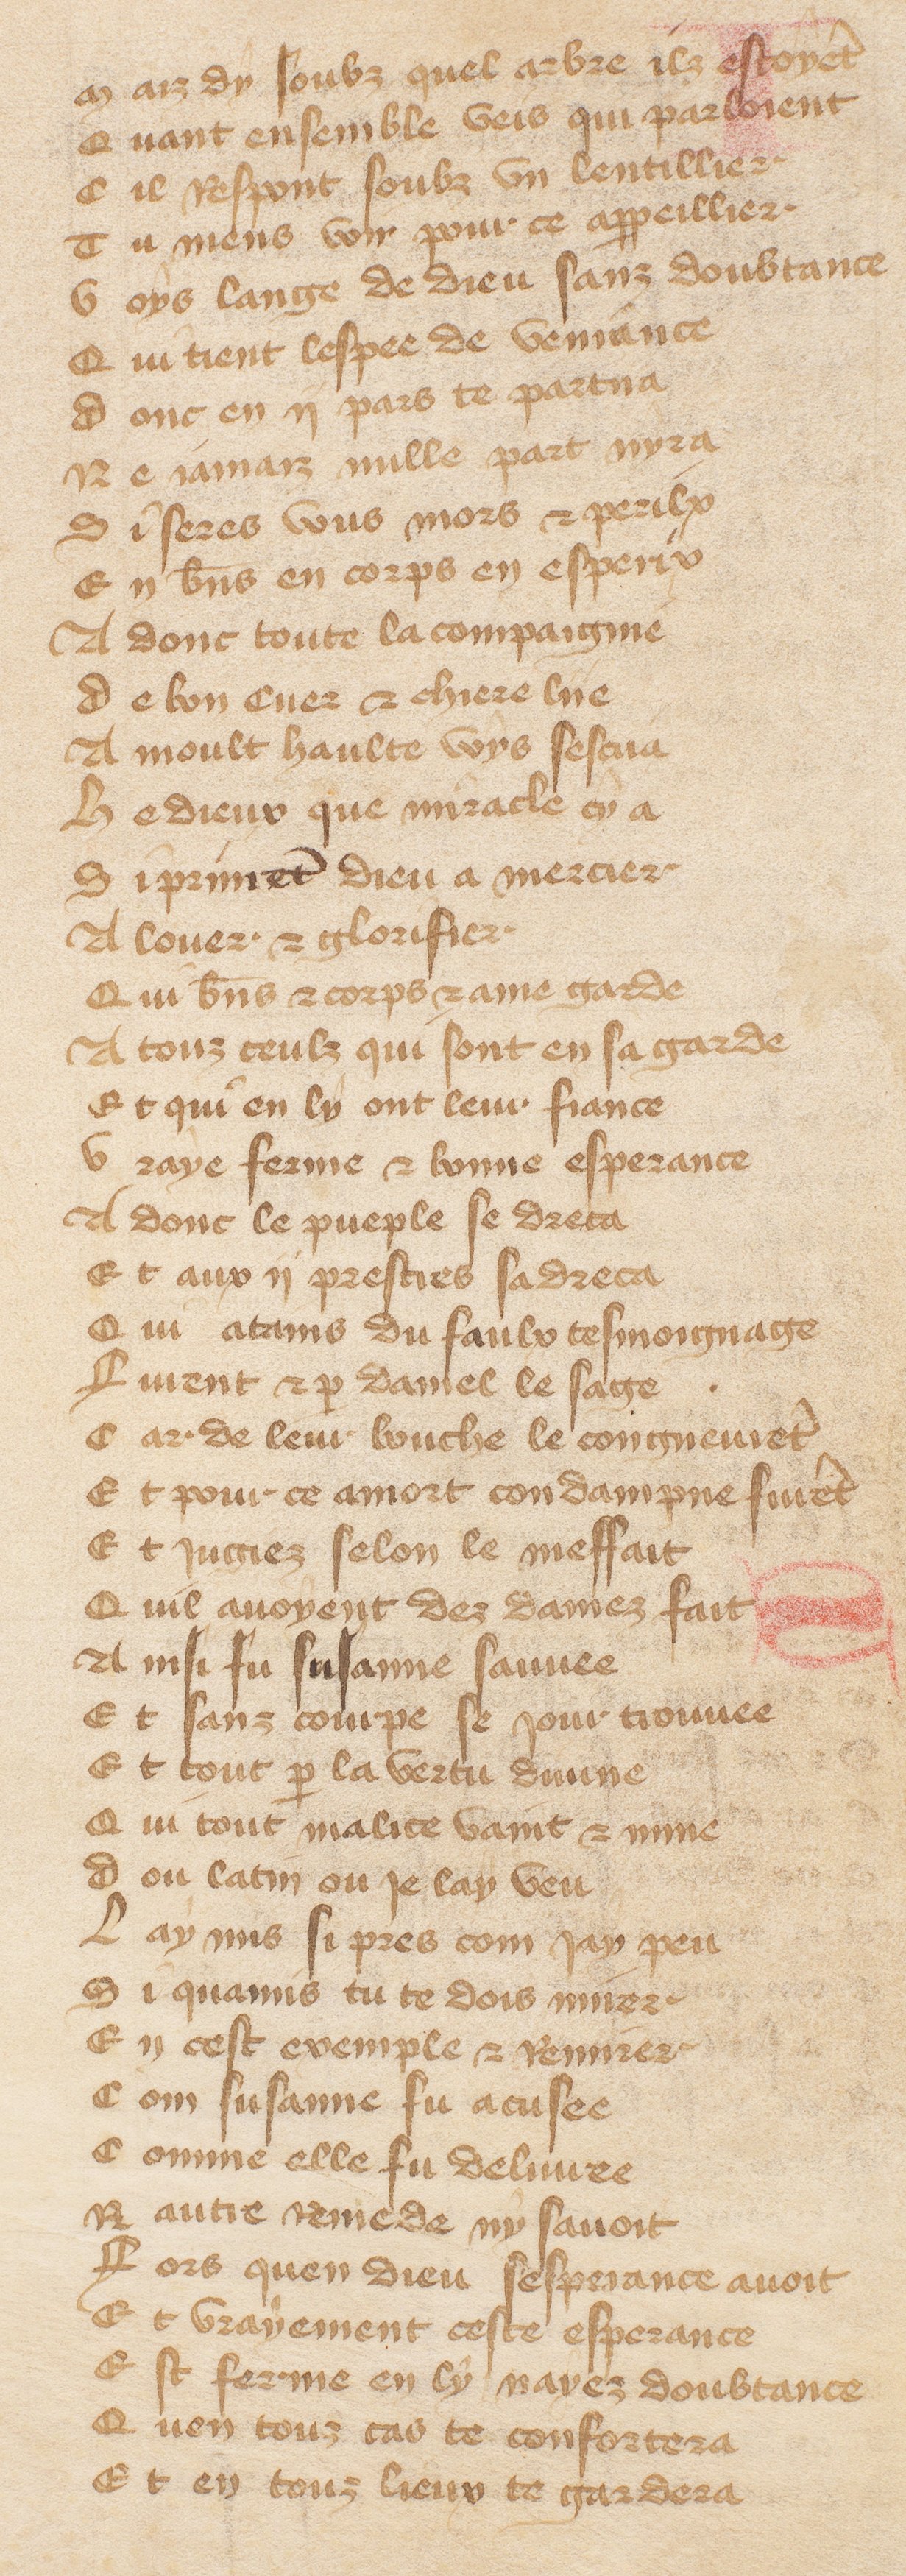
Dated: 1370–1415